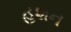
હશન